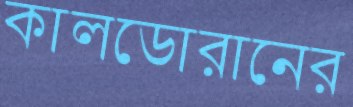
কালডোরানের